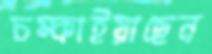
চম্‌কাইয়াছেন